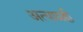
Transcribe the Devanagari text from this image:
अत्याग्रही